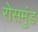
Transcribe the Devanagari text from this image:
रोसमुंड